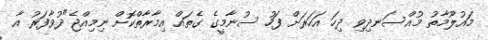
މައުލޫމާތު މުއްސަނދިވި ދިހަ އަހަރަށް ފަހު ސުނާމީގެ ގެތައް އިމާރާތްކޮށް ނިމިއްޖެ"ދުވާފަރު އާ